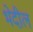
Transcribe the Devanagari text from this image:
भेदील